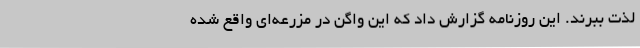
لذت ببرند. این روزنامه گزارش داد که این واگن در مزرعه‌ای واقع شده